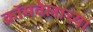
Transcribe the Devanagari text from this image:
क्रॉमवेलाच्या